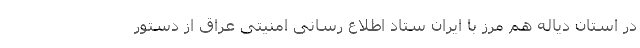
در استان دیاله هم مرز با ایران ستاد اطلاع رسانی امنیتی عراق از دستور